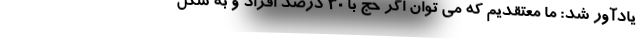
یادآور شد: ما معتقدیم که می توان اگر حج با ۳۰ درصد افراد و به شکل